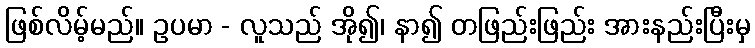
ဖြစ်လိမ့်မည်။ ဥပမာ - လူသည် အို၍၊ နာ၍ တဖြည်းဖြည်း အားနည်းပြီးမှ